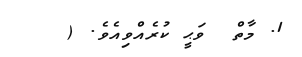
1. މާތް  ވަޙީ ކުރެއްވިއެވެ. (